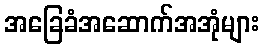
အခြေခံအဆောက်အအုံများ